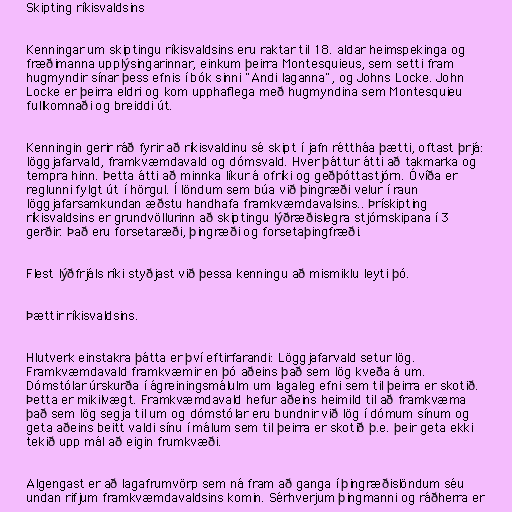
Skipting ríkisvaldsins

Kenningar um skiptingu ríkisvaldsins eru raktar til 18. aldar heimspekinga og
fræðimanna upplýsingarinnar, einkum þeirra Montesquieus, sem setti fram
hugmyndir sínar þess efnis í bók sinni "Andi laganna", og Johns Locke. John
Locke er þeirra eldri og kom upphaflega með hugmyndina sem Montesquieu
fullkomnaði og breiddi út.

Kenningin gerir ráð fyrir að ríkisvaldinu sé skipt í jafn réttháa þætti, oftast þrjá:
löggjafarvald, framkvæmdavald og dómsvald. Hver þáttur átti að takmarka og
tempra hinn. Þetta átti að minnka líkur á ofríki og geðþóttastjórn. Óvíða er
reglunni fylgt út í hörgul. Í löndum sem búa við þingræði velur í raun
löggjafarsamkundan æðstu handhafa framkvæmdavalsins.. Þrískipting
ríkisvaldsins er grundvöllurinn að skiptingu lýðræðislegra stjórnskipana í 3
gerðir. Það eru forsetaræði, þingræði og forsetaþingfræði.

Flest lýðfrjáls ríki styðjast við þessa kenningu að mismiklu leyti þó.

Þættir ríkisvaldsins.

Hlutverk einstakra þátta er því eftirfarandi: Löggjafarvald setur lög.
Framkvæmdavald framkvæmir en þó aðeins það sem lög kveða á um.
Dómstólar úrskurða í ágreiningsmálulm um lagaleg efni sem til þeirra er skotið.
Þetta er mikilvægt. Framkvæmdavald hefur aðeins heimild til að framkvæma
það sem lög segja til um og dómstólar eru bundnir við lög í dómum sínum og
geta aðeins beitt valdi sínu í málum sem til þeirra er skotið þ.e. þeir geta ekki
tekið upp mál að eigin frumkvæði.

Algengast er að lagafrumvörp sem ná fram að ganga í þingræðislöndum séu
undan rifjum framkvæmdavaldsins komin. Sérhverjum þingmanni og ráðherra er